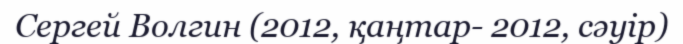
Сергей Волгин (2012, қаңтар- 2012, сәуір)